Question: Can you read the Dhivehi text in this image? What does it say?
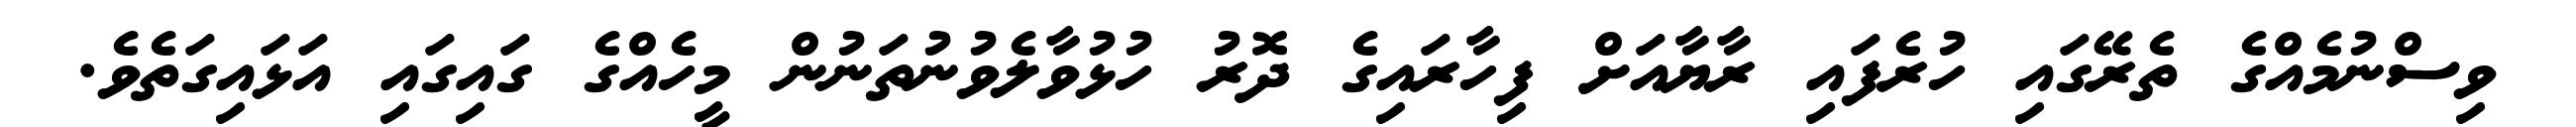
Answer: ވިސްނުމެއްގެ ތެރޭގައި ހުރެފައި ރާޔާއަށް ފިހާރައިގެ ދޮރު ހުޅުވާލެވުނުތަނުން މީހެއްގެ ގައިގައި އަޅައިގަތެވެ.